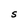
Character: S